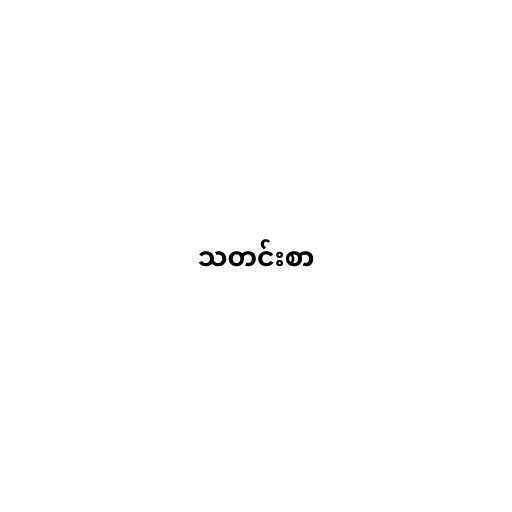
သတင်းစာ